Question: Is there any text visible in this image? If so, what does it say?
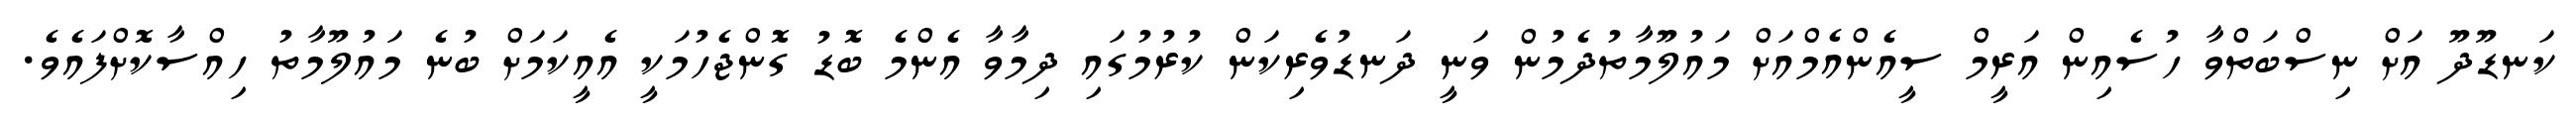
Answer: ކަނޑޫދޫ އަށް ނިސްބަތްވާ ހުސެއިން އަރީމް ސީއެންއެމްއަށް މައުލޫމާތުދެމުން ވަނީ ދަނޑުވެރިކަން ކުރުމުގައި ދިމާވާ އެންމެ ބޮޑު ގޮންޖެހުމަކީ އެއީކަމަށް ބުނެ މައުލޫމާތު ހިއްސާކޮށްފައެވެ.